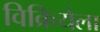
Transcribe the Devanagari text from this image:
विक्रियेला